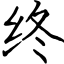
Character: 终